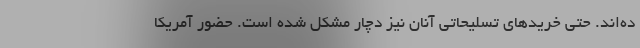
ده‌اند. حتی خریدهای تسلیحاتی آنان نیز دچار مشکل شده است. حضور آمریکا